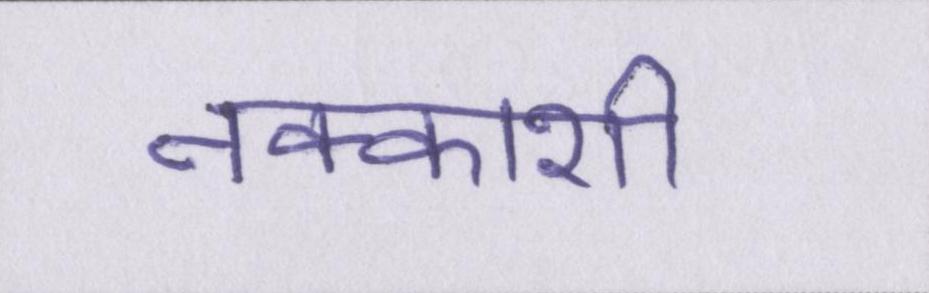
नक्काशी